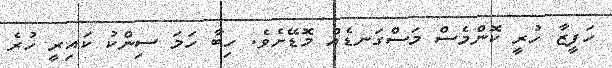
ހަފީޒާ ހުރީ ކޮންމެސް މަސްގަނޑެއް މޮޑޭށެވެ. ހިބާ ހަމަ ސިންކު ކައިރީ ހުރެ